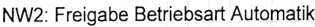
Text: NW2: Freigabe Betriebsart Automatik